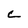
Character: c